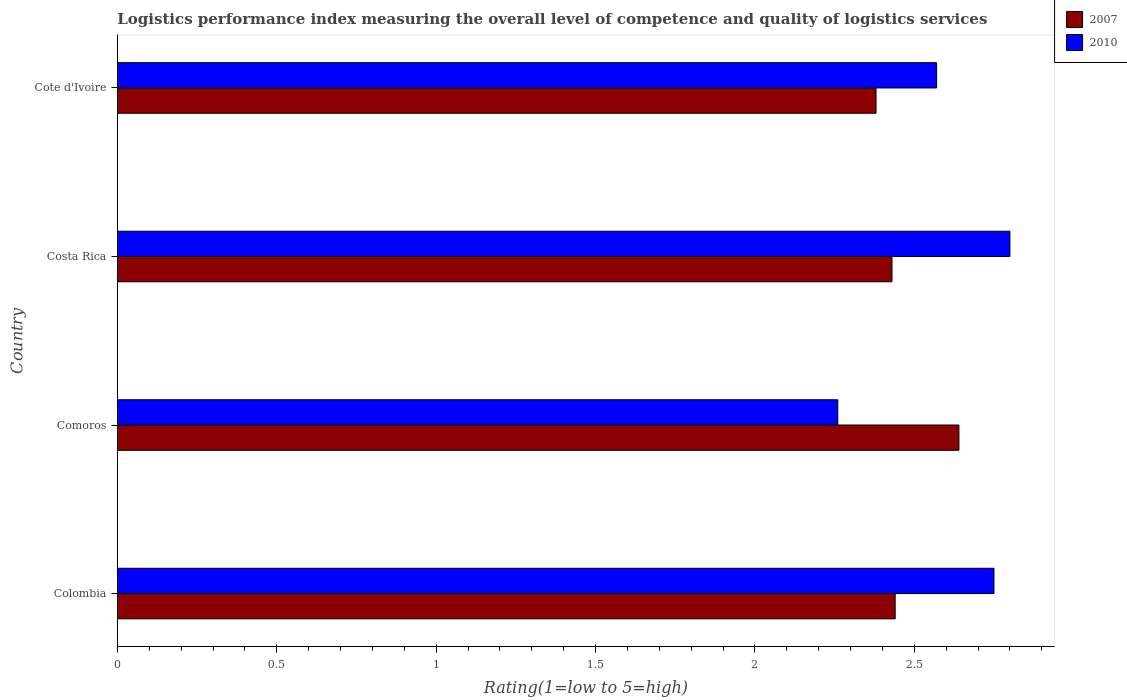
| Country | 2007 | 2010 |
 | --- | --- | --- |
 | Colombia | 2.44 | 2.75 |
 | Comoros | 2.64 | 2.26 |
 | Costa Rica | 2.43 | 2.8 |
 | Cote d'Ivoire | 2.38 | 2.57 |